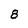
Character: 8